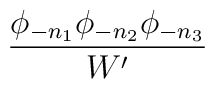
{ \phi_{-n_1}\phi_{-n_2}\phi_{-n_3}\over W'}